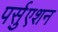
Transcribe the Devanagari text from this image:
पर्सुएशन